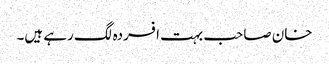
خان صاحب بہت افسردہ لگ رہے ہیں۔